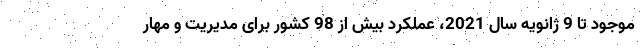
موجود تا 9 ژانویه سال 2021، عملکرد بیش از 98 کشور برای مدیریت و مهار